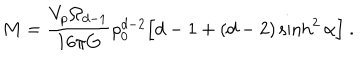
LaTeX: M = \frac { V _ { p } \Omega _ { d - 1 } } { 1 6 \pi G } \rho _ { 0 } ^ { d - 2 } \Big [ d - 1 + ( d - 2 ) \sinh ^ { 2 } \alpha \Big ] \ .